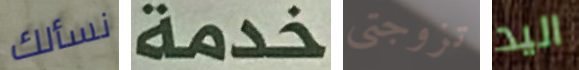
نسألك خدمة تزوجتي اليد